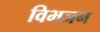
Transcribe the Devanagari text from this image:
विभजन